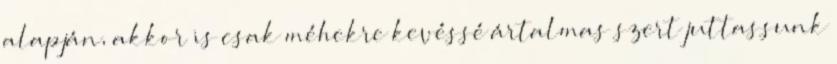
alapján, akkor is csak méhekre kevéssé ártalmas szert juttassunk